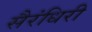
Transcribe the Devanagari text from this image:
सैरंधिरी